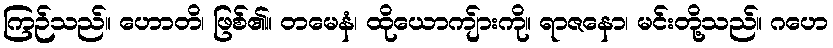
ကြဉ်သည်။ ဟောတိ၊ ဖြစ်၏။ တမေနံ၊ ထိုယောကျ်ားကို။ ရာဇနော၊ မင်းတို့သည်။ ဂဟေ